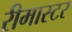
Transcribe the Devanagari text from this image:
रीमास्टर